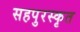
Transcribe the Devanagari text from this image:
सहपुरस्कृत